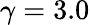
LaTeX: \gamma=3.0